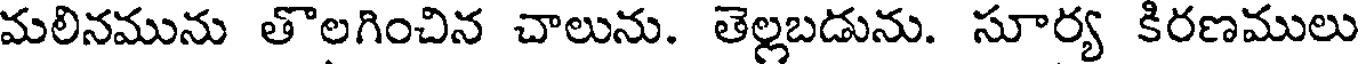
మలినమును తొలగించిన చాలును. తెల్లబడును. సూర్య కిరణములు